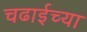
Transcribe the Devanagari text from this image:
चढाईच्या